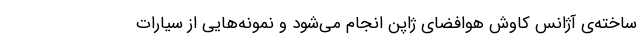
ساخته‌ی آژانس کاوش هوافضای ژاپن انجام می‌شود و نمونه‌هایی از سیارات